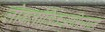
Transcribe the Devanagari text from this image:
लोकतांत्रिकअभियान